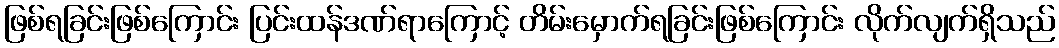
ဖြစ်ရခြင်းဖြစ်ကြောင်း ပြင်းထန်ဒဏ်ရာကြောင့် တိမ်းမှောက်ရခြင်းဖြစ်ကြောင်း လိုက်လျက်ရှိသည်